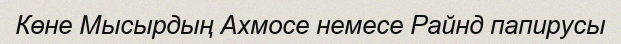
Көне Мысырдың Ахмосе немесе Райнд папирусы